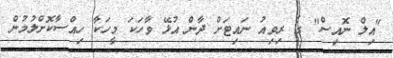
"އިލް ނޮއިސް" ގެ ރިވިއު ނައިޓަށް ދާން އުޅޭ ވާހަކަ މީހަކާ ހިއްސާކޮށްލުމުން